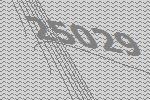
25029